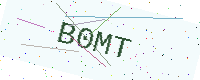
Text: B0MT